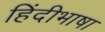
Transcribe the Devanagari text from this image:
हिंदीभाषा